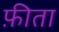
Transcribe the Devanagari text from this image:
फ़ीता